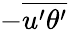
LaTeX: -\overline{{u^{\prime}\theta^{\prime}}}